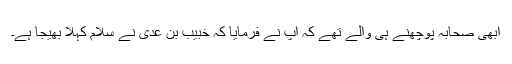
ابھی صحابہؓ پوچھنے ہی والے تھے کہ آپؐ نے فرمایا کہ خبیب بن عدی ؓنے سلام کہلا بھیجا ہے۔